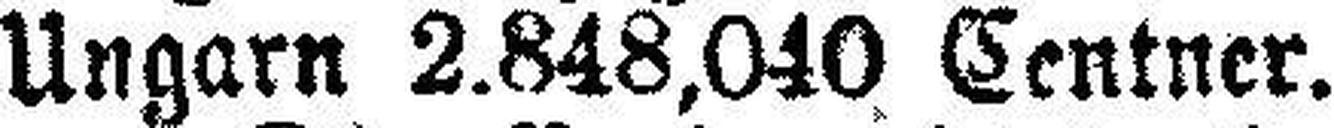
Ungarn 2.848,040 Centner.